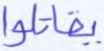
يقاتلوا